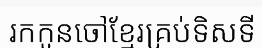
រកកូនចៅខ្មែរគ្រប់ទិសទី